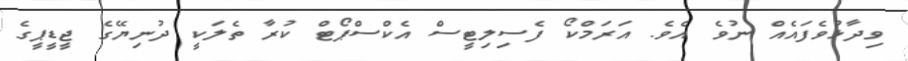
ވިދާޅުވެފައެއް ނުވެ އެވެ. އަރަމްކޯ ފެސިލިޓީސް އެކްސްޕޯޓް ކުރާ ތެލަކީ ދުނިޔޭގެ ޖީޑީޕީގެ